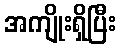
အကျိုးရှိပြီး